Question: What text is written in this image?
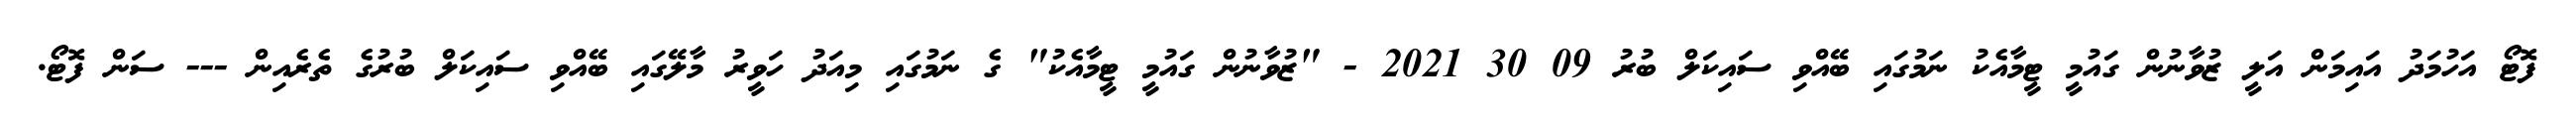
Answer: ފޮޓޯ އަހުމަދު އައިމަން އަލީ ޒުވާނުން ގައުމީ ޓީމާއެކު ނަމުގައި ބޭއްވި ސައިކަލް ބުރު 09 30 2021 - "ޒުވާނުން ގައުމީ ޓީމާއެކު" ގެ ނަމުގައި މިއަދު ހަވީރު މާލޭގައި ބޭއްވި ސައިކަލް ބުރުގެ ތެރެއިން --- ސަން ފޮޓޯ.